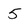
Character: 5